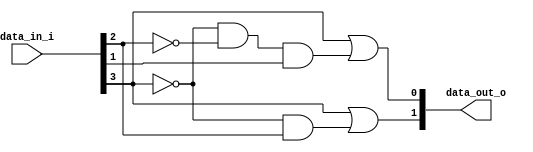
`timescale 1ns / 1ps
//////////////////////////////////////////////////////////////////////////////////
// Company: 
// Engineer: 
// 
// Design Name: 
// Module Name: priority_enc_4to2
// Project Name: 
// Target Devices: 
// Tool Versions: 
// Description: 
// 
// Dependencies: 
// 
// Revision:
// Revision 0.01 - File Created
// Additional Comments:
// 
//////////////////////////////////////////////////////////////////////////////////


module priority_enc_4to2(
input  wire [3:0] data_in_i,
output wire [1:0] data_out_o
    );

assign data_out_o[1] = (data_in_i[3]) | (~data_in_i[3] & data_in_i[2]);
assign data_out_o[0] = (data_in_i[3]) | (~data_in_i[3] & ~data_in_i[2] & data_in_i[1]);

endmodule